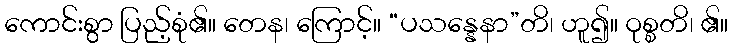
ကောင်းစွာ ပြည့်စုံ၏။ တေန၊ ကြောင့်။ “ပသန္နေနာ”တိ၊ ဟူ၍။ ဝုစ္စတိ၊ ၏။